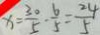
x = \frac { 3 0 } { 5 } - \frac { 6 } { 5 } = \frac { 2 4 } { 5 }